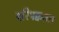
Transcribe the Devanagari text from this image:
परिपक्वता।